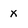
Character: x